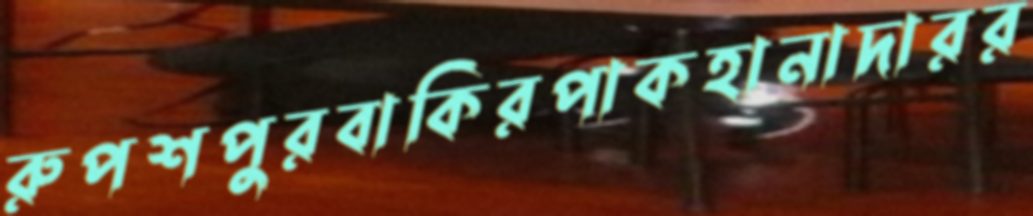
রুপশপুরবাকিরপাকহানাদারর